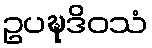
ဥပဍ္ဎဒိဝသံ